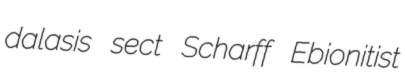
dalasis sect Scharff Ebionitist